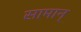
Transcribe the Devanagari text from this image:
सामान्